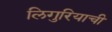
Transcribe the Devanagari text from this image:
लिगुरियाची